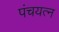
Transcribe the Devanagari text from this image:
पंचयत्न